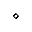
\diamond